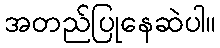
အတည်ပြုနေဆဲပါ။